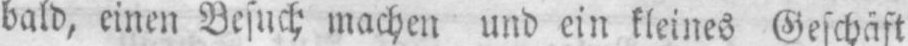
bald, einen Besuch machen und ein kleines Geschäft